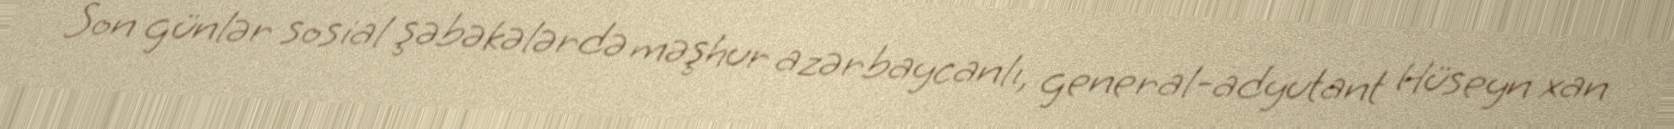
Son günlər sosial şəbəkələrdə məşhur azərbaycanlı, general-adyutant Hüseyn xan